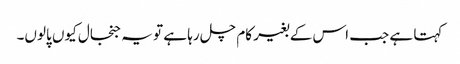
کہتا ہے جب اس کے بغیر کام چل رہا ہے تو یہ جنجال کیوں پالوں۔